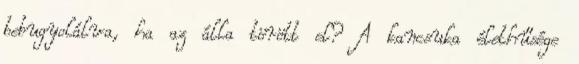
bebugyolálva, ha az álla törött el? A kancsuka élethűsége